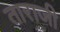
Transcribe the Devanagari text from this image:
ताराजी